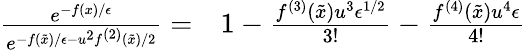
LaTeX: \begin{array}{rl}{\frac{e^{-f(x)/\epsilon}}{e^{-f(\tilde{x})/\epsilon-{u^{2}f^{(2)}(\tilde{x})}/{2}}}=}&{{}1-\frac{f^{(3)}(\tilde{x})u^{3}\epsilon^{1/2}}{3!}-\frac{f^{(4)}(\tilde{x})u^{4}\epsilon}{4!}}\end{array}